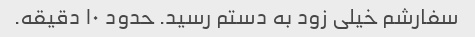
سفارشم خیلی زود به دستم رسید. حدود ۱۰ دقیقه.